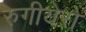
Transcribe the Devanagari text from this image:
रुगीयेरो